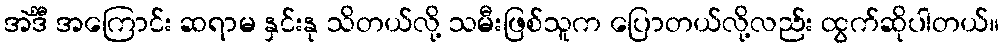
အဲင်္ဒီ အကြောင်း ဆရာမ နှင်းနု သိတယ်လို့ သမီးဖြစ်သူက ပြောတယ်လို့လည်း ထွက်ဆိုပါတယ်။